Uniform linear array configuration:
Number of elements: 12
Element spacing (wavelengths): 0.75
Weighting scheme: binomial
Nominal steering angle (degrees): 60
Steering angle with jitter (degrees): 59.485
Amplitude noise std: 0.05
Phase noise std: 0.05

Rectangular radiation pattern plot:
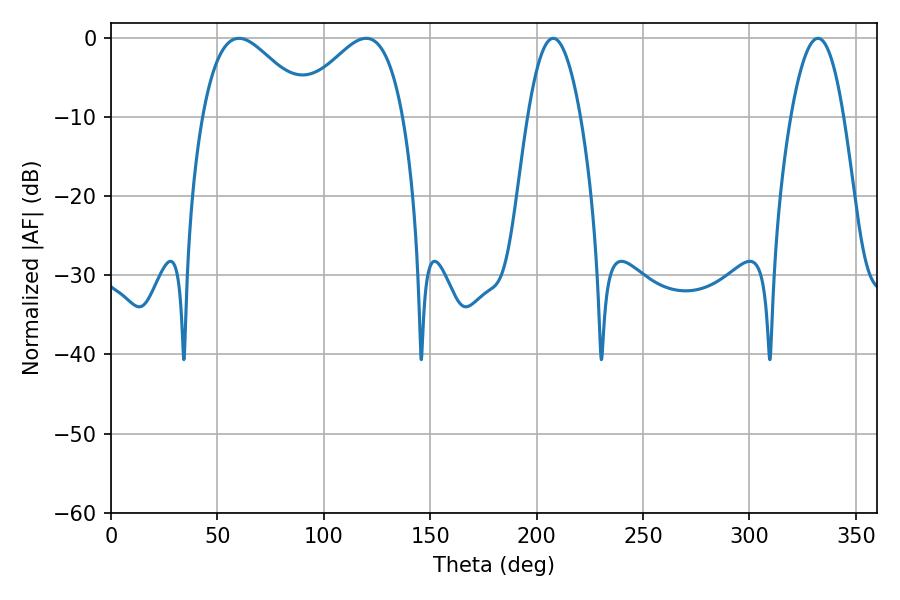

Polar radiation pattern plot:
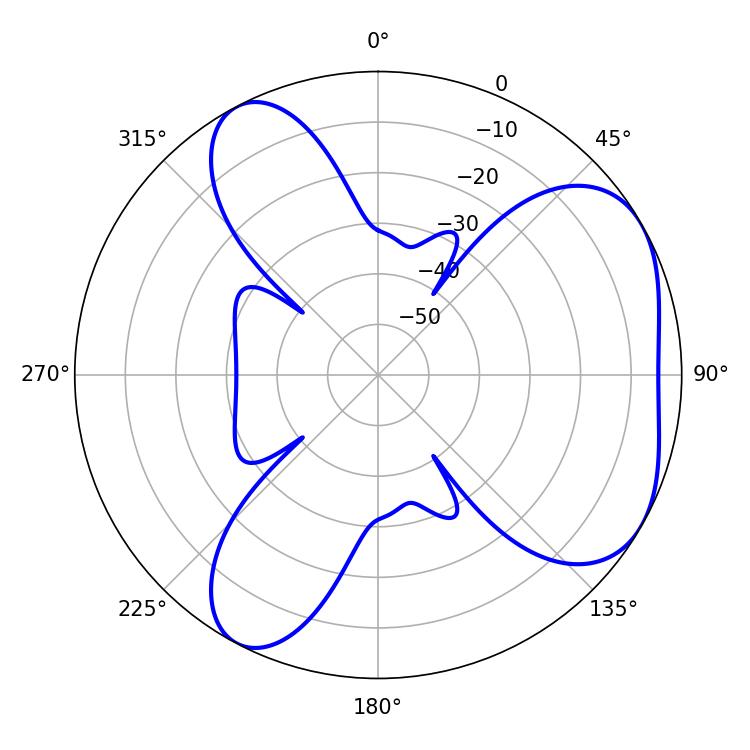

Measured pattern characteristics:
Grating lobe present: TRUE
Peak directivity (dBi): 4.837
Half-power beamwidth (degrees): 27
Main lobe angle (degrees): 60.12